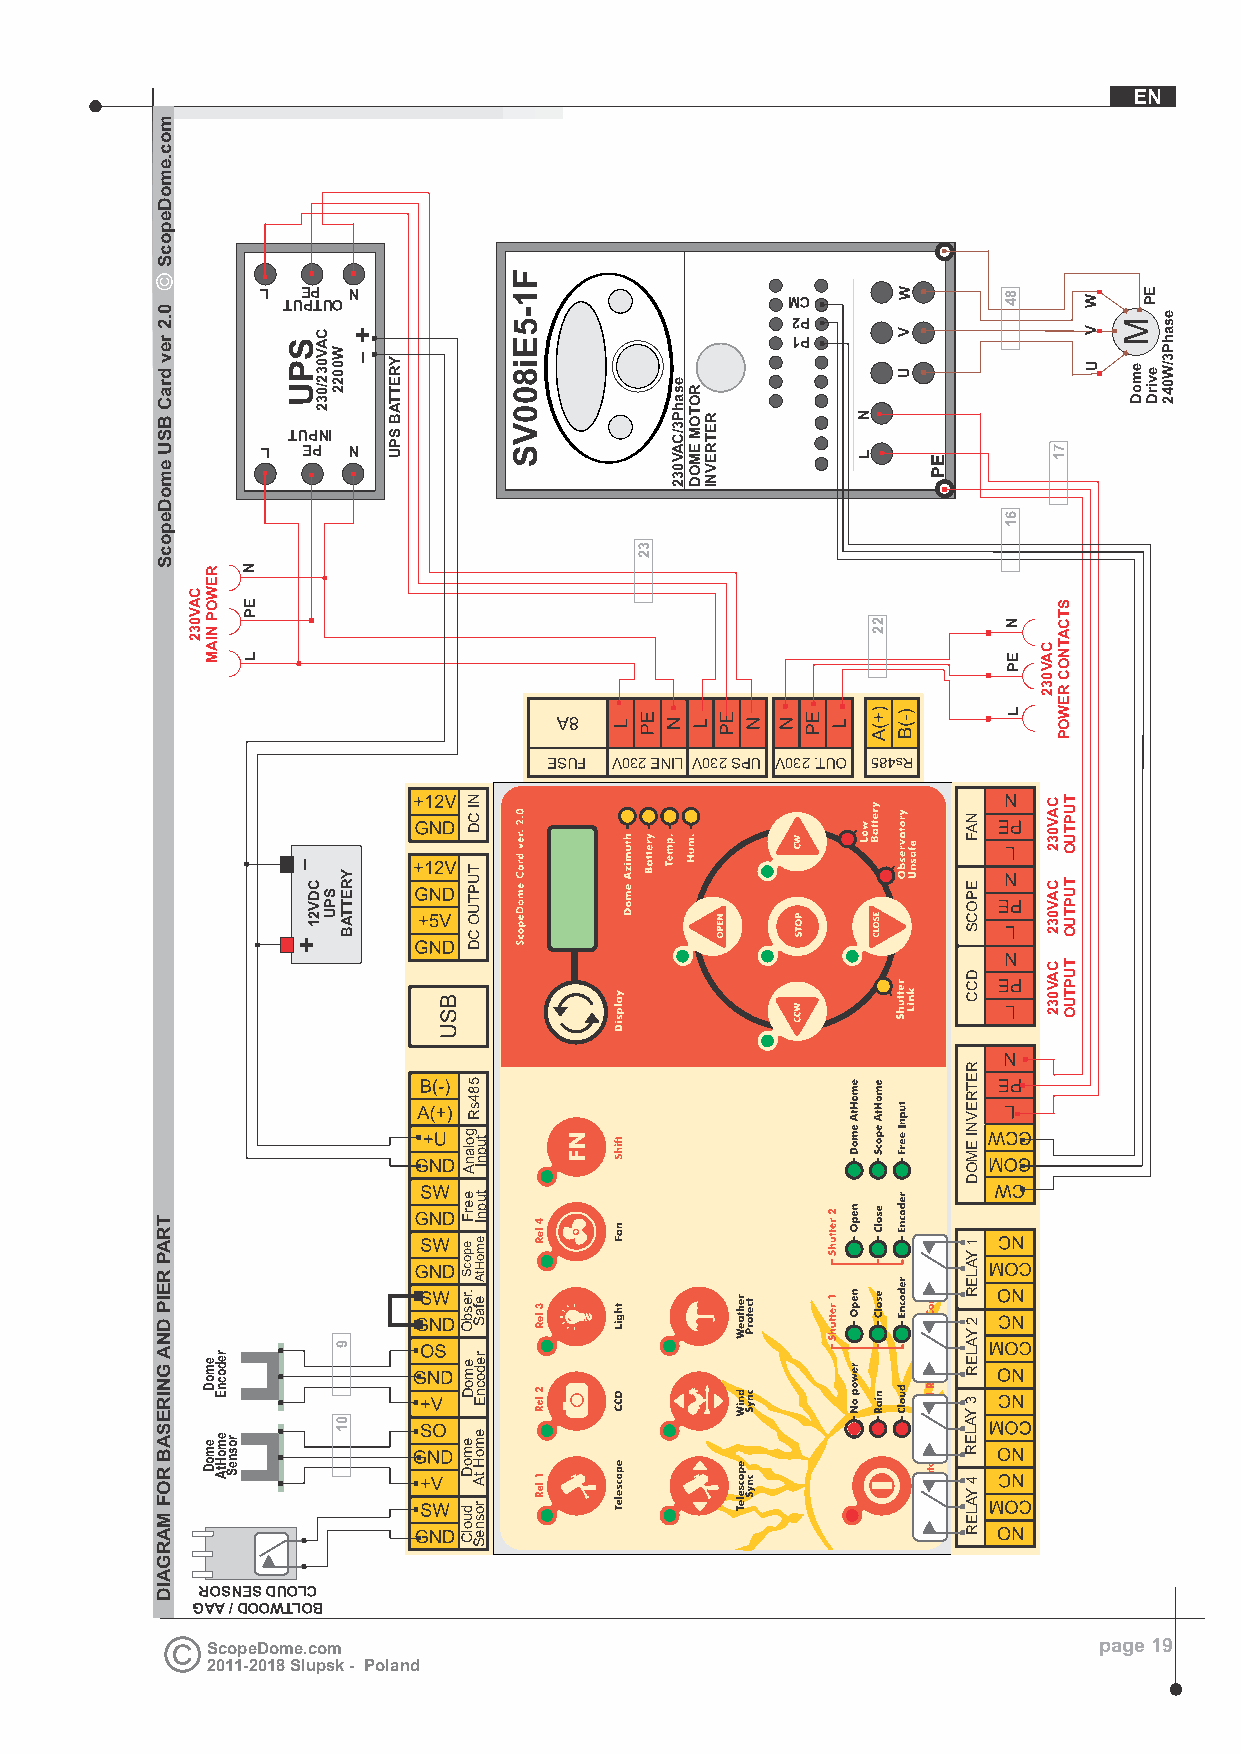
EN
 L  EP N TUPTUO                     MC
 2P
 1P
 TUPNI
 L  EP N
 ESUF V032 ENIL V032 SPU V032 .TUO
 ROSNES DUOLC
 GAA / DOOWTLOB
 ScopeDome.com                                              page 19
 2011-2018 Slupsk - Poland
 moc.emoDepocS
 0.2
 rev
 draC
 BSU
 emoDepocS
 TRAP
 REIP
 DNA
 GNIRESAB
 ROF
 MARGAID
 CAV032
 REWOP
 NIAM
 emoD
 emoD
 redocnE
 emoHtA rosneS
 N
 EP
 L
 SPU
 -
 +
 CDV21
 CAV032/032
 SPU
 W0022
 YRETTAB
 9
 01
 +
 -  YRETTAB
 SPU
 NI
 CD
 TUPTUO
 CD
 584sR
 g
 to ul
 pa
 nn
 IA
 te ue
 pr
 nF I
 ee mp
 oo
 HcS
 tA
 .r
 ee
 fs ab
 SO
 ree dm
 oo
 cD
 nE
 emem
 oHoD
 tA
 rd ou sno
 elC
 S
 F1-5Ei800VS
 32
 esahP3/CAV032
 ROTOM
 EMOD
 RETREVNI  N
 L
 22
 W
 V
 U
 EP
 NAF
 EPOCS
 DCC
 RETREVNI
 EMOD
 1
 YALER
 2
 YALER
 3
 YALER
 4
 YALER
 84
 61
 N
 EP
 L
 CAV032
 CAV032
 CAV032
 CAV032
 71
 STCATNOC
 REWOP
 TUPTUO
 TUPTUO
 TUPTUO
 W
 V
 U
 M
 emoD
 EP
 evirD
 esahP3/W042